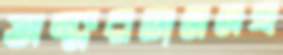
অক্ষরজ্ঞানসহ